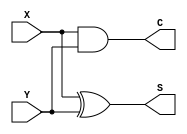
module half_adder(
    output C,S,
    input X,Y
);


	xor x0(S, X, Y);
	and a0(C, X, Y);

endmodule